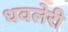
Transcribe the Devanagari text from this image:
धवलेरी